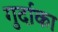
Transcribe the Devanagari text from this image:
गुर्दाका